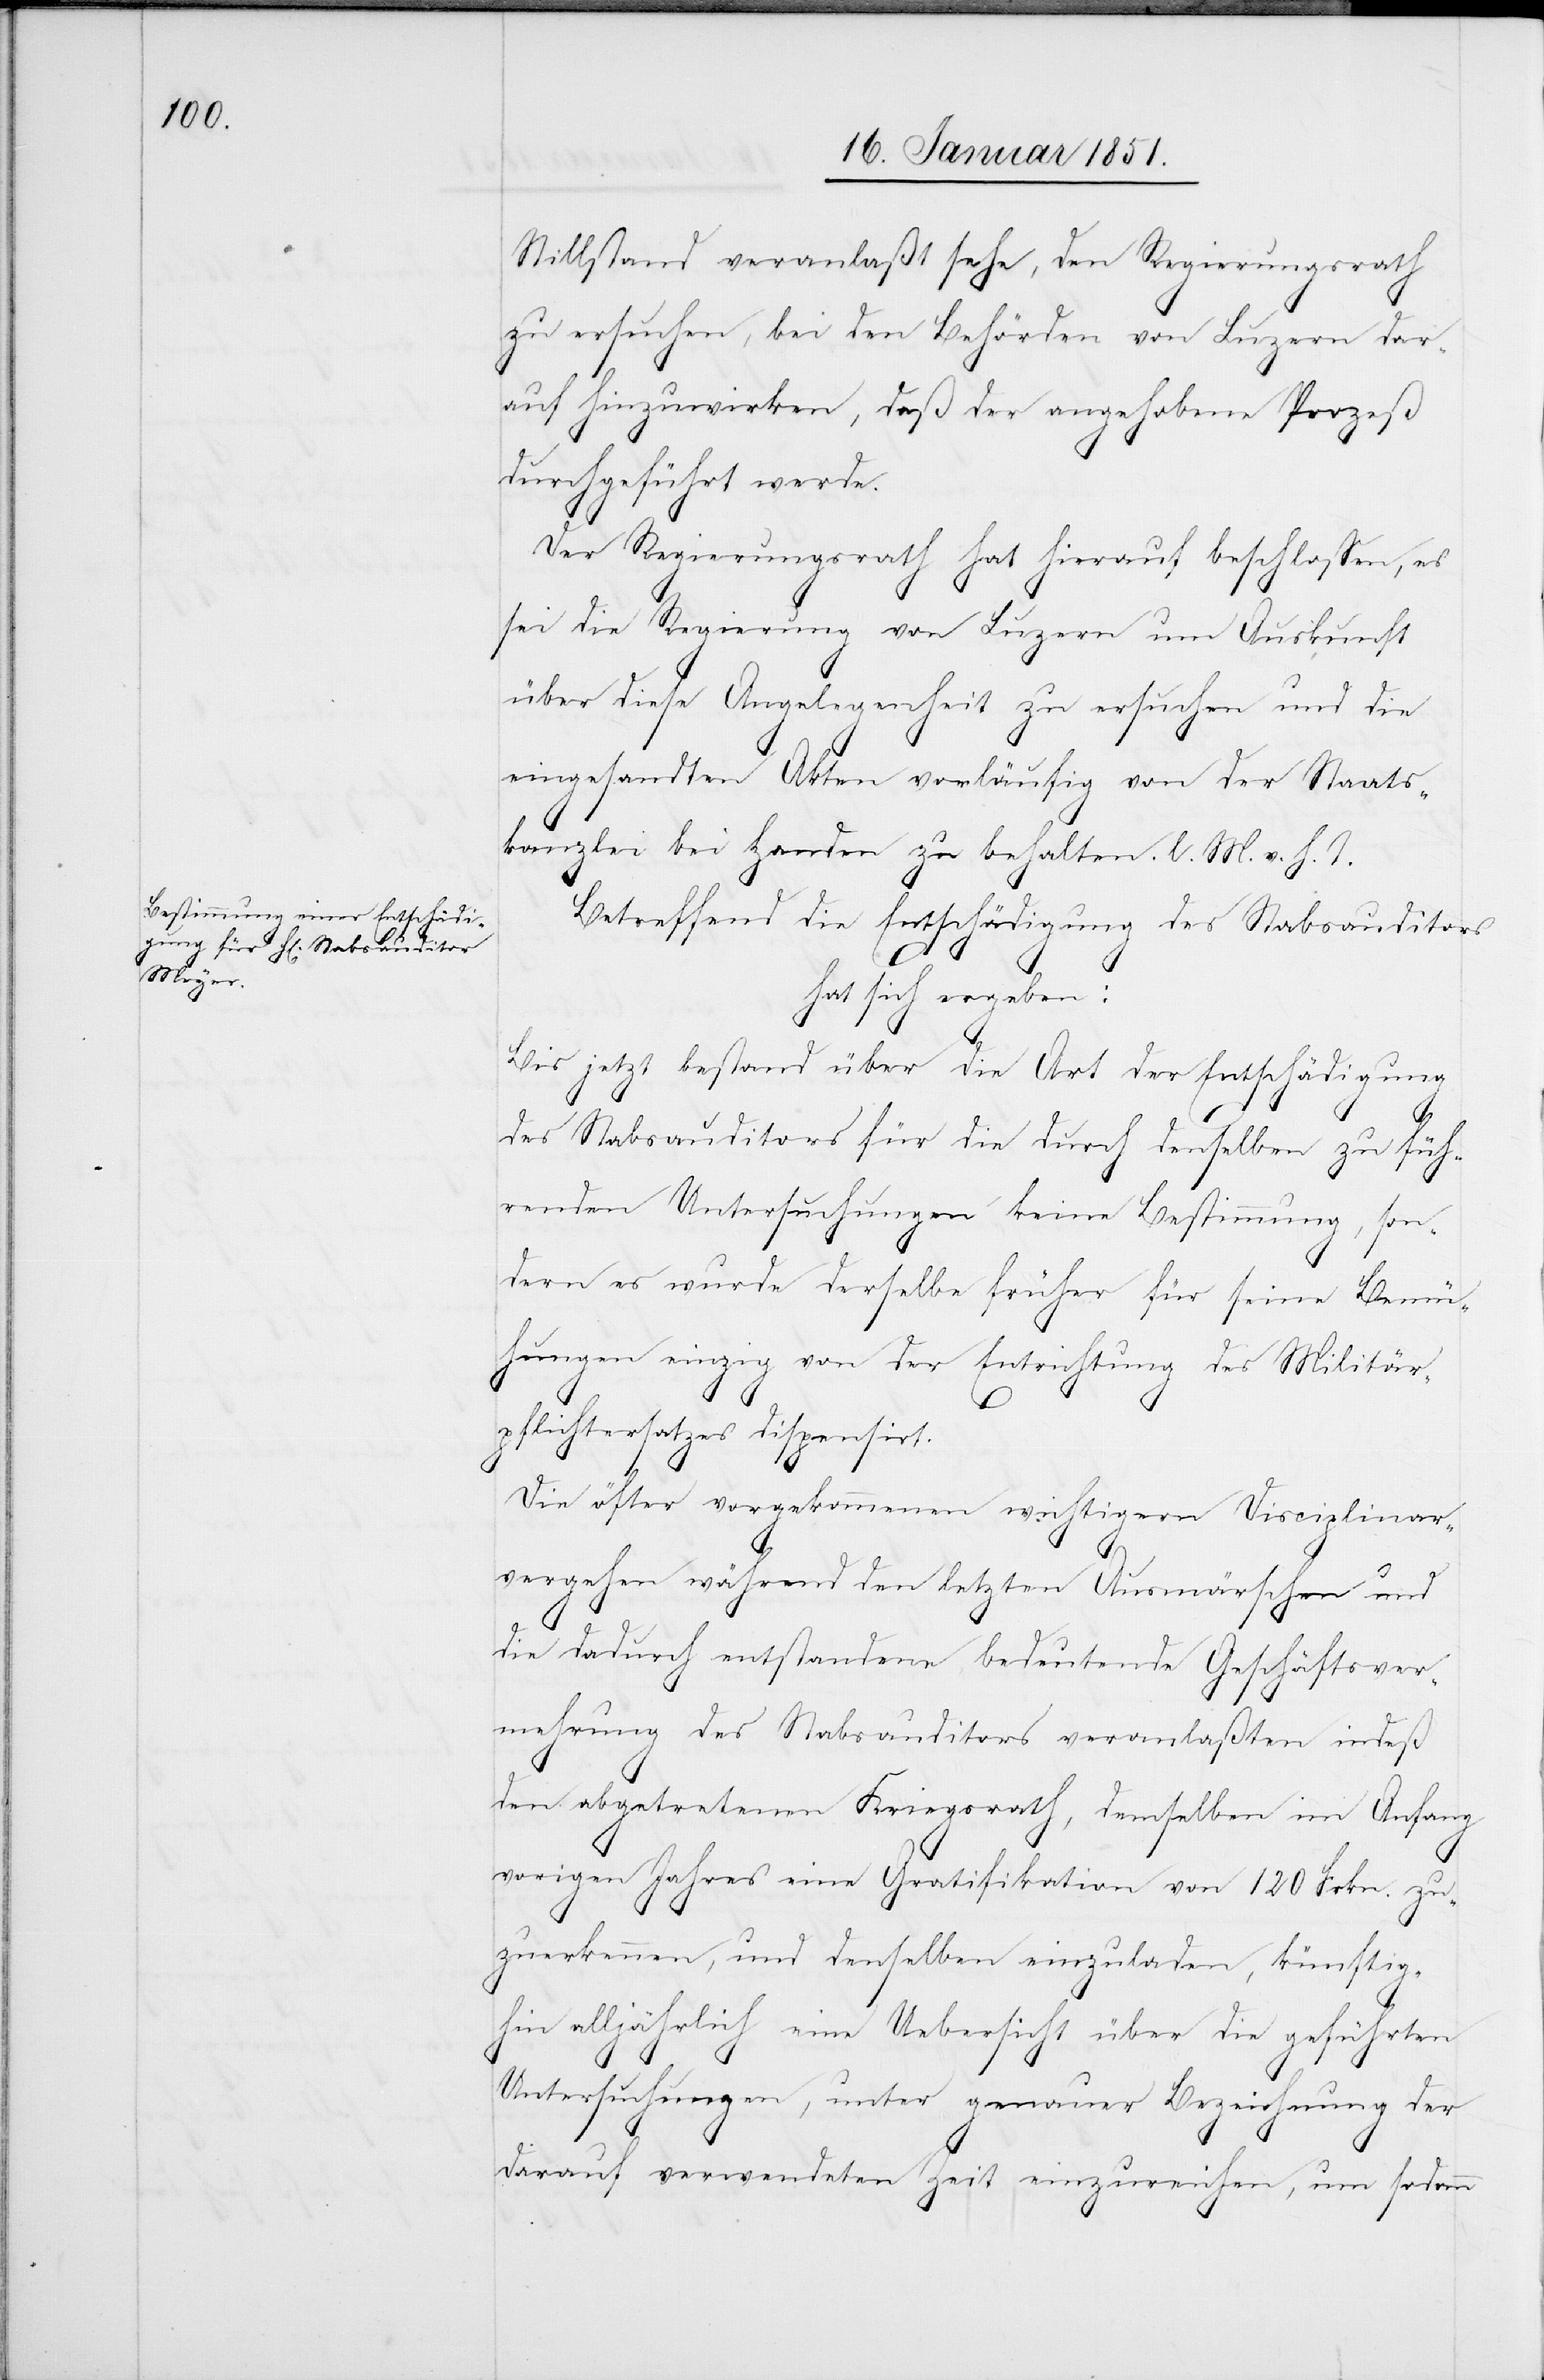
Stillstand veranlaßt sehe, den Regierungsrath
zu ersuchen, bei den Behörden von Luzern dar¬
auf hinzuwirken, daß der angehobene Prozeß
durchgeführt werde.
Der Regierungsrath hat hierauf beschlossen, es
sei die Regierung von Luzern um Auskunft
über diese Angelegenheit zu ersuchen und die
eingesandten Akten vorläufig von der Staats¬
kanzlei bei Handen zu behalten. l. M. v. h. T.
Betreffend die Entschädigung des Stabsauditors
hat sich ergeben:
Bis jetzt bestand über die Art der Entschädigung
des Stabsauditors für die durch denselben zu füh¬
renden Untersuchungen keine Bestimmung, son¬
dern es wurde derselbe früher für seine Bemü¬
hungen einzig von der Entrichtung des Militär¬
pflichtersatzes dispensirt.
Die öfter vorgekommenen wichtigern Disciplinar¬
vergehen während den letzten Ausmärschen und
die dadurch entstandene bedeutende Geschäftsver¬
mehrung des Stabsauditors veranlaßten indeß
den abgetretenen Kriegsrath, demselben im Anfang
vorigen Jahres eine Gratifikation von 120 Frkn. zu¬
zuerkennen, und denselben einzuladen, künftig¬
hin alljährlich eine Uebersicht über die geführten
Untersuchungen, unter genauer Bezeichnung der
darauf verwendeten Zeit einzureichen, um sodann